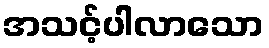
အသင့်ပါလာသော